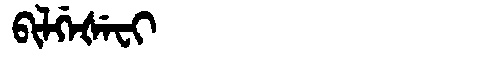
Manchu: ᠪᡳᠯᡤᡝᡧᡝᠸᡳ
Romanization: BILGEŠEFI